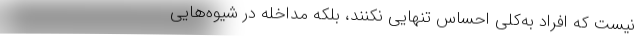
نیست که افراد به‌کلی احساس تنهایی نکنند، بلکه مداخله در شیوه‌هایی